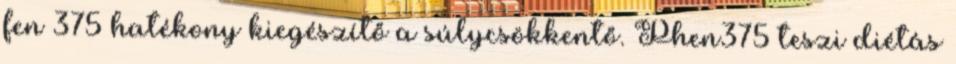
fen 375 hatékony kiegészítő a súlycsökkentő. Phen375 teszi diétás